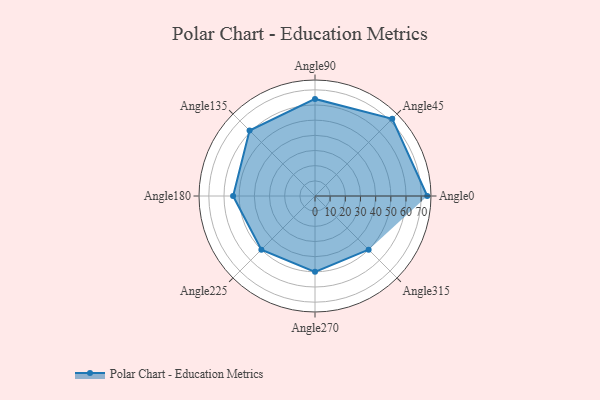
{"axis": {"x": "Angle", "y": "Radius"}, "legend": [""], "data": [{"x": "Angle0", "y": 74.0, "type": ""}, {"x": "Angle45", "y": 72.0, "type": ""}, {"x": "Angle90", "y": 64.0, "type": ""}, {"x": "Angle135", "y": 61.0, "type": ""}, {"x": "Angle180", "y": 54.0, "type": ""}, {"x": "Angle225", "y": 50, "type": ""}, {"x": "Angle270", "y": 50, "type": ""}, {"x": "Angle315", "y": 50, "type": ""}]}